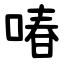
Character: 㖺